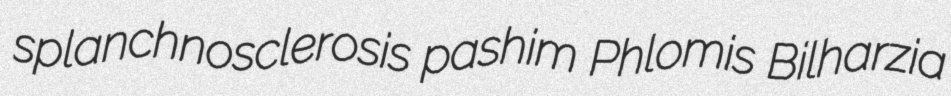
splanchnosclerosis pashim Phlomis Bilharzia